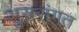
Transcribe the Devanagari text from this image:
सुससंगत